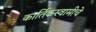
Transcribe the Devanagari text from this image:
कार्तिकस्वामीचे